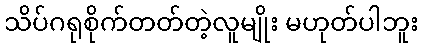
သိပ်ဂရုစိုက်တတ်တဲ့လူမျိုး မဟုတ်ပါဘူး